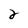
Character: 2